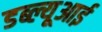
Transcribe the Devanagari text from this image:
डब्ल्यूआई